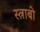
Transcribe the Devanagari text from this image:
स्त्राबो